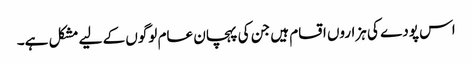
اس پودے کی ہزاروں اقسام ہیں جن کی پہچان عام لوگوں کے لیے مشکل ہے۔